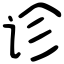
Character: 诊